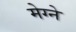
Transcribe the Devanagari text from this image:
मेग्ने